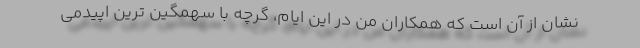
نشان از آن است که همکاران من در این ایام، گرچه با سهمگین ترین اپیدمی